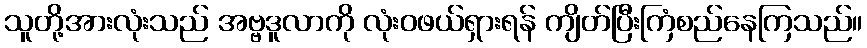
သူတို့အားလုံးသည် အဗ္ဗဒူလာကို လုံးဝဖယ်ရှားရန် ကျိတ်ပြီးကြံစည်နေကြသည်။